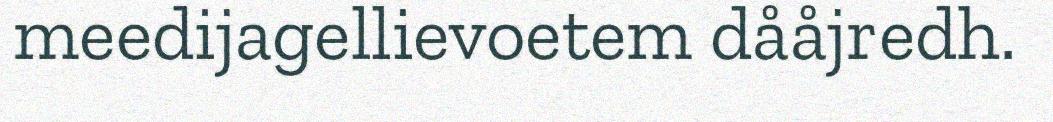
meedijagellievoetem dååjredh.